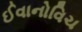
ઈવાનોવિચ